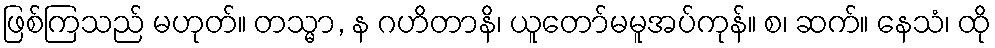
ဖြစ်ကြသည် မဟုတ်။ တသ္မာ, န ဂဟိတာနိ၊ ယူတော်မမူအပ်ကုန်။ စ၊ ဆက်။ နေသံ၊ ထို